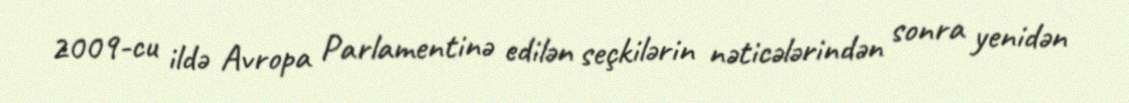
2009-cu ildə Avropa Parlamentinə edilən seçkilərin nəticələrindən sonra yenidən